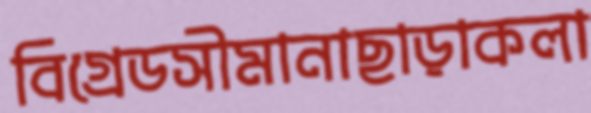
বিগ্রেডসীমানাছাড়াকলা